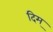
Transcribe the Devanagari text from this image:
दिम्